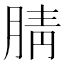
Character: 腈